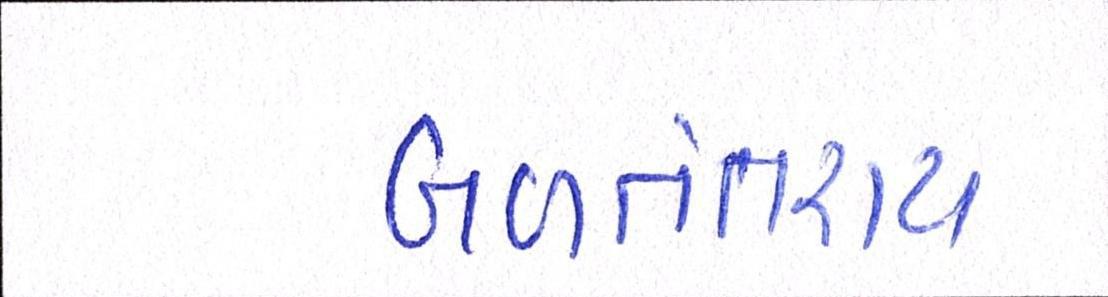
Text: બળવંતરાય